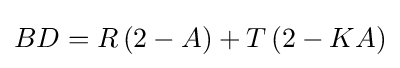
BD=R\left(2-A\right)+T\left(2-KA\right)